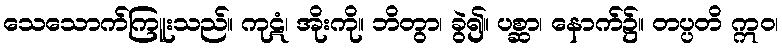
သေသောက်ကြူးသည်။ ကုဋံ၊ အိုးကို။ ဘိတွာ၊ ခွဲ၍။ ပစ္ဆာ၊ နောက်၌။ တပ္ပတိ ဣဝ၊